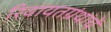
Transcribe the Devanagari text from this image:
रिवायतग्रंथांचें